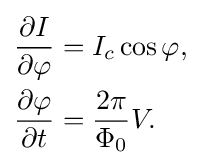
{\begin{aligned}{\frac {\partial I}{\partial \varphi }}&=I_{c}\cos \varphi ,\\{\frac {\partial \varphi }{\partial t}}&={\frac {2\pi }{\Phi _{0}}}V.\end{aligned}}